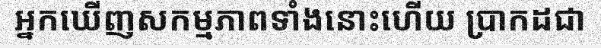
អ្នកឃើញសកម្មភាពទាំងនោះហើយ ប្រាកដជា